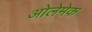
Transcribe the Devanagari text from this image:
ओलेमेक